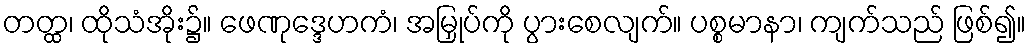
တတ္ထ၊ ထိုသံအိုး၌။ ဖေဏုဒ္ဒေဟကံ၊ အမြှုပ်ကို ပွားစေလျက်။ ပစ္စမာနာ၊ ကျက်သည် ဖြစ်၍။